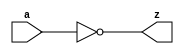
//#############################################################################
//# Function: Inverter                                                        #
//# Copyright: OH Project Authors. ALl rights Reserved.                       #
//# License:  MIT (see LICENSE file in OH repository)                         #
//#############################################################################

module asic_inv #(parameter PROP = "DEFAULT")   (
    input  a,
    output z
    );

   assign z = ~a;

endmodule